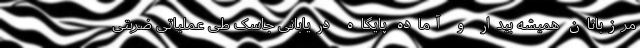
مرزبانان همیشه بیدار و آماده پایگاه دریابانی جاسک طی عملیاتی ضربتی